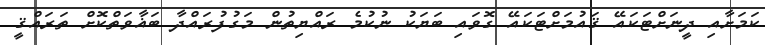
ކަމަށާއި ދީނަށްޓަކައޭ ޤައުމަށްޓަކައޭ ގޮވައި ބަޔަކު ނުކުމެ ރައްޔިތުން މަގުފުރައްދާ ބަޣާވަތްކޮށް ތަރައްޤީ